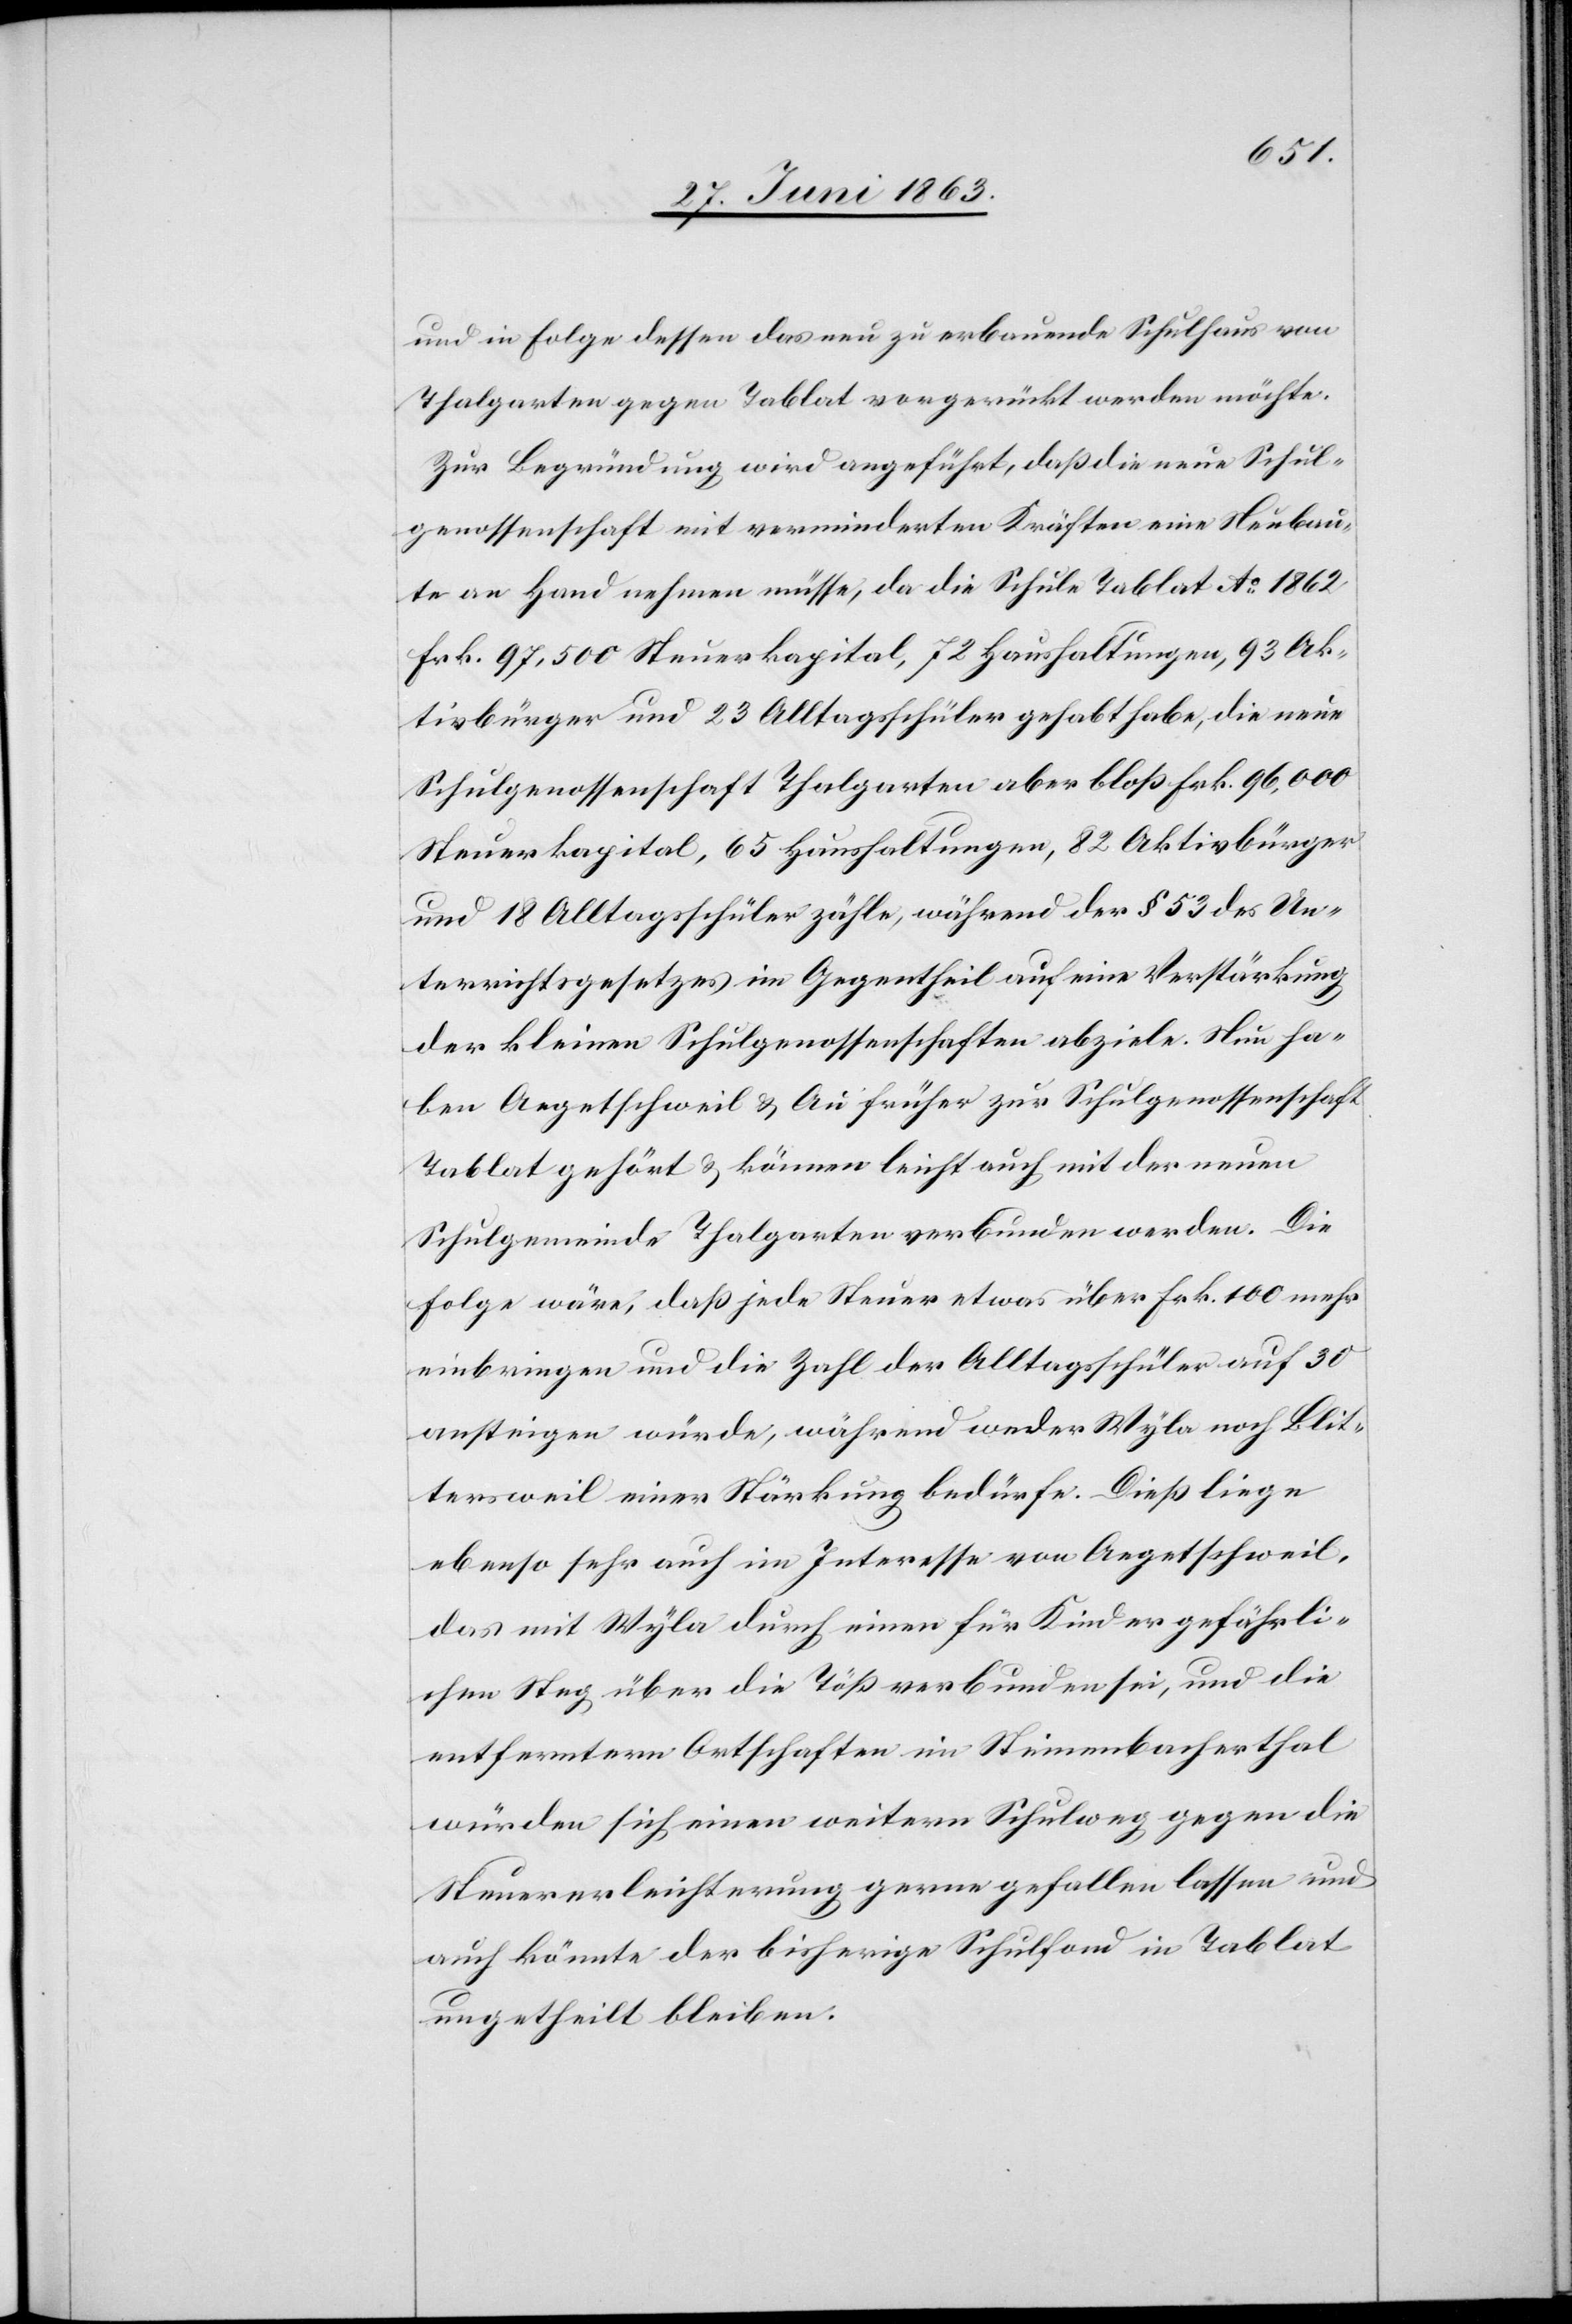
und in Folge dessen das neu zu erbauende Schulhaus von
Thalgarten gegen Tablat vorgerückt werden möchte.
Zur Begründung wird angeführt, daß die neue Schul¬
genossenschaft mit verminderten Kräften eine Neubau¬
te an Hand nehmen müsse, da die Schule Tablat Ao 1862
Frk. 97,500 Steuerkapital, 72 Haushaltungen, 93 Ak¬
tivbürger und 23 Alltagsschüler gehabt habe, die neue
Schulgenossenschaft Thalgarten aber bloß Frk. 96,000
Steuerkapital, 65 Haushaltungen, 82 Aktivbürger
und 18 Alltagsschüler zähle, während der § 53 des Un¬
terrichtsgesetzes im Gegentheil auf eine Verstärkung
der kleinen Schulgenossenschaften abziele. Nun ha¬
ben Aegetschweil & Au früher zur Schulgenossenschaft
Tablat gehört & können leicht auch mit der neuen
Schulgemeinde Thalgarten verbunden werden. Die
Folge wäre, daß jede Steuer etwas über Frk. 100 mehr
einbringen und die Zahl der Alltagsschüler auf 30
ansteigen würde, während weder Wyla noch Blit¬
tersweil einer Stärkung bedürfe. Dieß liege
ebenso sehr auch im Interesse von Aegetschweil,
das mit Wyla durch einen für Kinder gefährli¬
chen Steg über die Töß verbunden sei, und die
entferntern Ortschaften im Steinenbacherthal
würden sich einen weitern Schulweg gegen die
Steuererleichterung gerne gefallen lassen und
auch könnte der bisherige Schulfond in Tablat
ungetheilt bleiben.